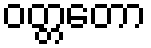
ဝတ္တတော